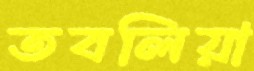
তবলিয়া